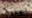
الجميع